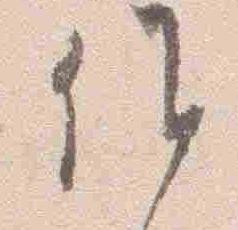
候